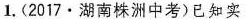
1. (2017·湖南株洲中考)已知实